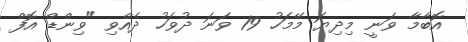
އޮބާމާ ވަނީ މިދިޔަ މޭމަހު 19 ވަނަ ދުވަހު ދެއްވި "ވިންޑް އޮފް